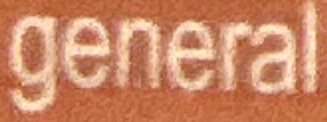
general